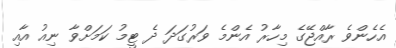
އެހެންވެ ރާއްޖޭގެ މިހާރު އެންމެ ވަރުގަދަ ދެ ޓީމު ކަމަށްވާ ނިއު އާއި